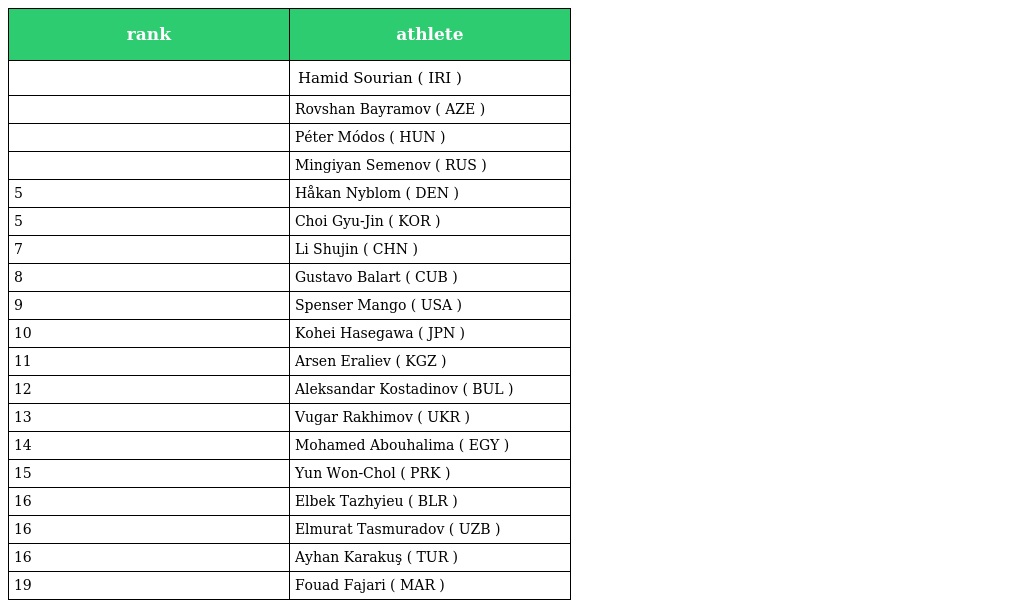
| rank | athlete |
 | --- | --- |
 |  | Hamid Sourian ( IRI ) |
 |  | Rovshan Bayramov ( AZE ) |
 |  | Péter Módos ( HUN ) |
 |  | Mingiyan Semenov ( RUS ) |
 | 5 | Håkan Nyblom ( DEN ) |
 | 5 | Choi Gyu-Jin ( KOR ) |
 | 7 | Li Shujin ( CHN ) |
 | 8 | Gustavo Balart ( CUB ) |
 | 9 | Spenser Mango ( USA ) |
 | 10 | Kohei Hasegawa ( JPN ) |
 | 11 | Arsen Eraliev ( KGZ ) |
 | 12 | Aleksandar Kostadinov ( BUL ) |
 | 13 | Vugar Rakhimov ( UKR ) |
 | 14 | Mohamed Abouhalima ( EGY ) |
 | 15 | Yun Won-Chol ( PRK ) |
 | 16 | Elbek Tazhyieu ( BLR ) |
 | 16 | Elmurat Tasmuradov ( UZB ) |
 | 16 | Ayhan Karakuş ( TUR ) |
 | 19 | Fouad Fajari ( MAR ) |